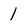
Character: 1